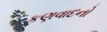
કણવાદનો